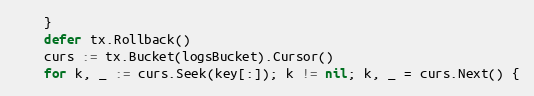
Language: Go
	}
	defer tx.Rollback()
	curs := tx.Bucket(logsBucket).Cursor()
	for k, _ := curs.Seek(key[:]); k != nil; k, _ = curs.Next() {